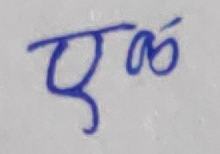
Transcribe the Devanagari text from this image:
एक